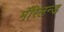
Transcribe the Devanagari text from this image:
मॅरिलन्ड